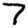
Digit: 7